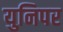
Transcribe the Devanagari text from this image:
युनिपर